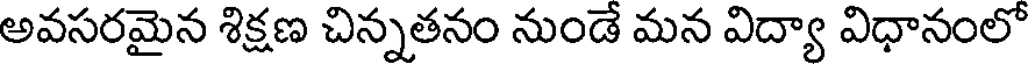
అవసరమైన శిక్షణ చిన్నతనం నుండే మన విద్యా విధానంలో